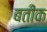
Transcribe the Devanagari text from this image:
बतीक